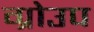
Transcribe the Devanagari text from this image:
ग्रोउप